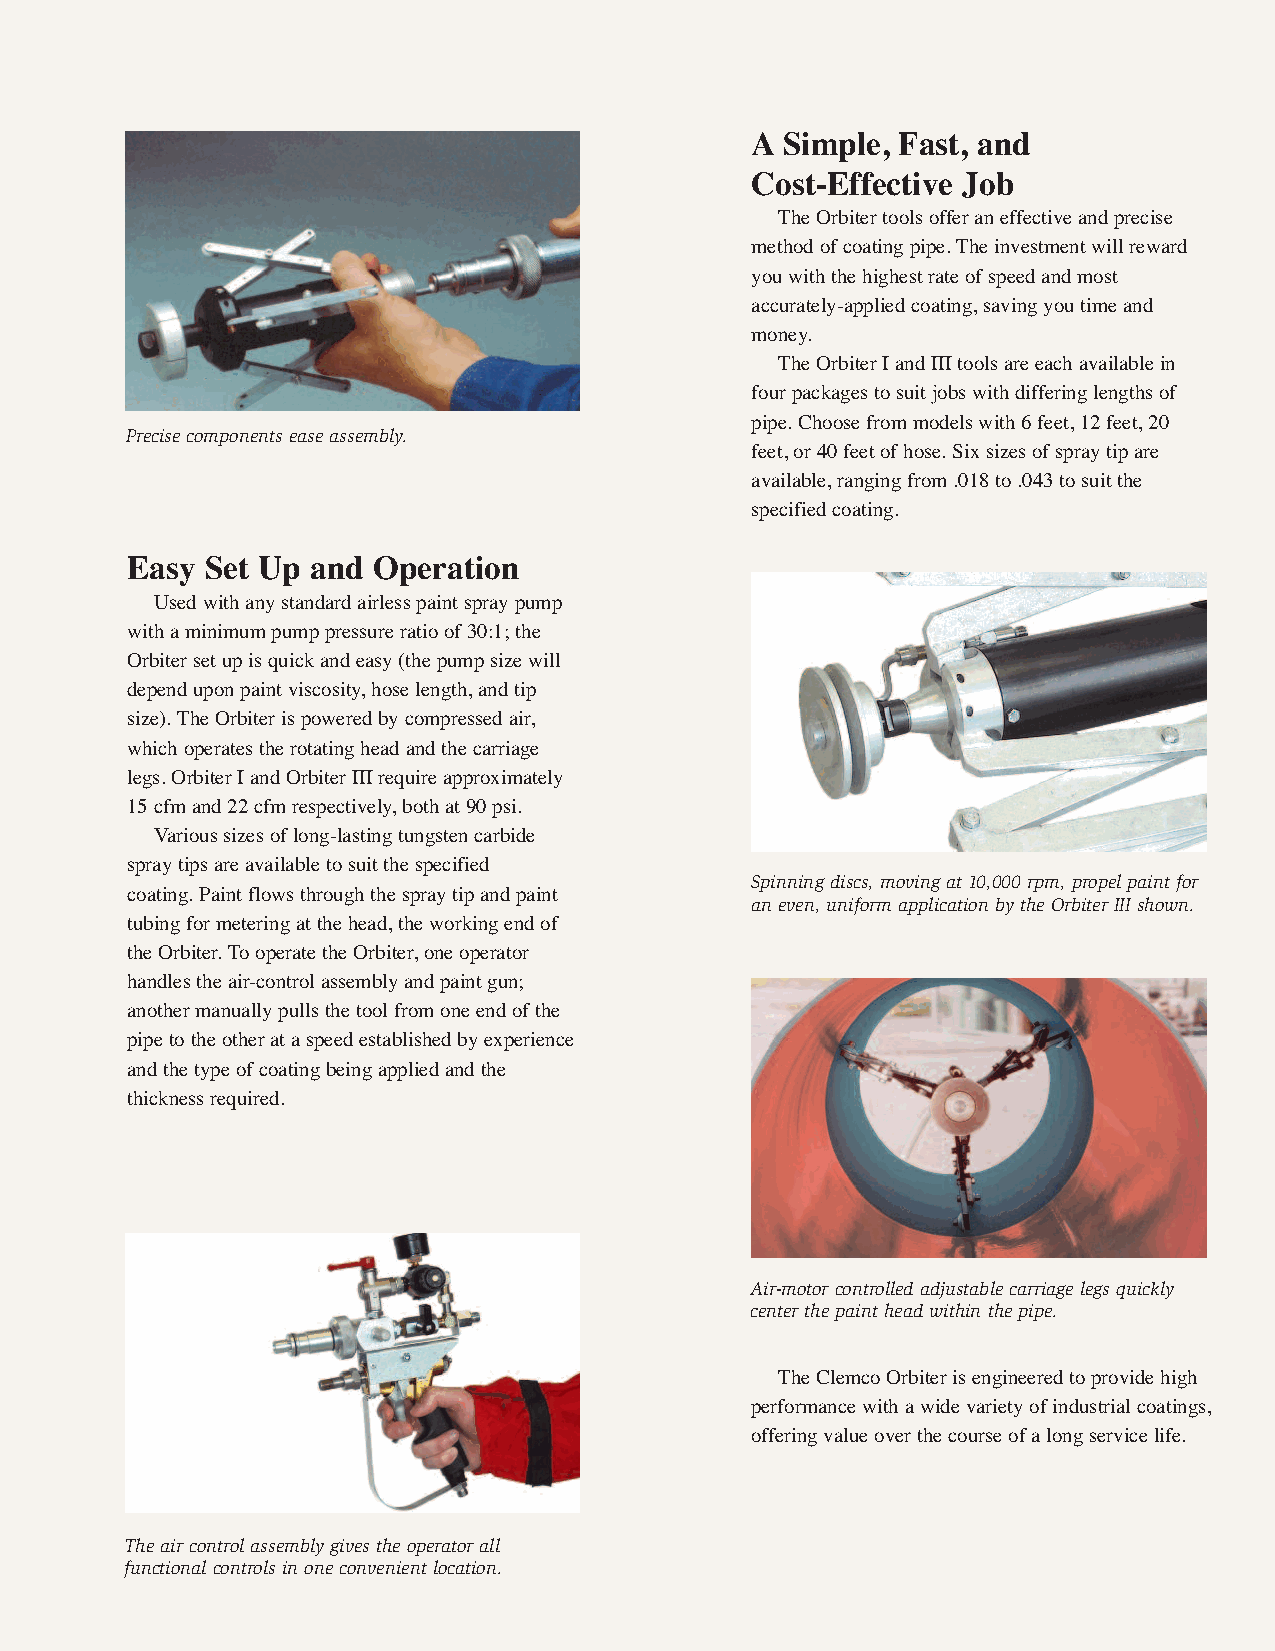
A Simple, Fast, and
 Cost-Effective Job
 The Orbiter tools offer an effective and precise
 method of coating pipe. The investment will reward
 you with the highest rate of speed and most
 accurately-applied coating, saving you time and
 money.
 The Orbiter I and III tools are each available in
 four packages to suit jobs with differing lengths of
 pipe. Choose from models with 6 feet, 12 feet, 20
 Precise components ease assembly.
 feet, or 40 feet of hose. Six sizes of spray tip are
 available, ranging from .018 to .043 to suit the
 specified coating.
 Easy  Set Up and Operation
 Used with any standard airless paint spray pump
 with a minimum pump pressure ratio of 30:1; the
 Orbiter set up is quick and easy (the pump size will
 depend upon paint viscosity, hose length, and tip
 size). The Orbiter is powered by compressed air,
 which operates the rotating head and the carriage
 legs. Orbiter I and Orbiter III require approximately
 15 cfm and 22 cfm respectively, both at 90 psi.
 Various sizes of long-lasting tungsten carbide
 spray tips are available to suit the specified
 Spinning discs, moving at 10,000 rpm, propel paint for
 coating. Paint flows through the spray tip and paint
 an even, uniform application by the Orbiter III shown.
 tubing for metering at the head, the working end of
 the Orbiter. To operate the Orbiter, one operator
 handles the air-control assembly and paint gun;
 another manually pulls the tool from one end of the
 pipe to the other at a speed established by experience
 and the type of coating being applied and the
 thickness required.
 Air-motor controlled adjustable carriage legs quickly
 center the paint head within the pipe.
 The Clemco Orbiter is engineered to provide high
 performance with a wide variety of industrial coatings,
 offering value over the course of a long service life.
 The air control assembly gives the operator all
 functional controls in one convenient location.